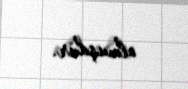
olmuşdur.